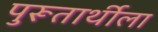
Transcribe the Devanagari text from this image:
पुरूतार्थीला